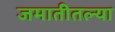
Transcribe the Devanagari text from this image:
जमातीतल्या